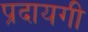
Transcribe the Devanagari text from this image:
प्रदायगी